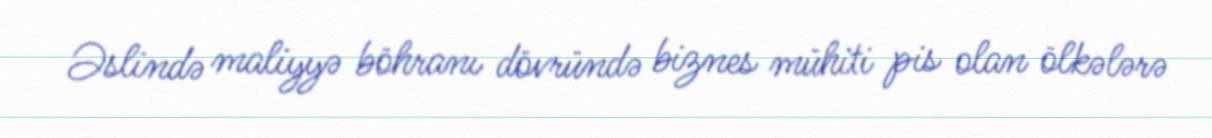
Əslində maliyyə böhranı dövründə biznes mühiti pis olan ölkələrə